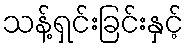
သန့်ရှင်းခြင်းနှင့်